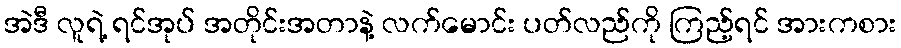
အဲဒီ လူရဲ့ ရင်အုပ် အတိုင်းအတာနဲ့ လက်မောင်း ပတ်လည်ကို ကြည့်ရင် အားကစား